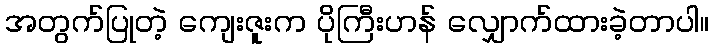
အတွက်ပြုတဲ့ ကျေးဇူးက ပိုကြီးဟန် လျှောက်ထားခဲ့တာပါ။